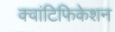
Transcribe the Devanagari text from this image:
क्वांटिफिकेशन